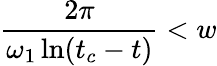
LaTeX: \frac{2\pi}{\omega_{1}\ln(t_{c}-t)}<w